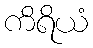
ကိရိယံ